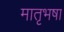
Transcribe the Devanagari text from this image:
मातृभषा